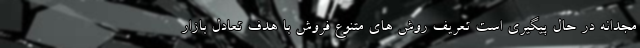
مجدانه در حال پیگیری است تعریف روش های متنوع فروش با هدف تعادل بازار